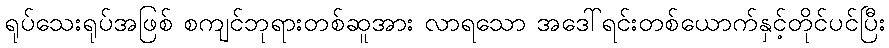
ရုပ်သေးရုပ်အဖြစ် စကျင်ဘုရားတစ်ဆူအား လာရသော အဒေါ်ရင်းတစ်ယောက်နှင့်တိုင်ပင်ပြီး